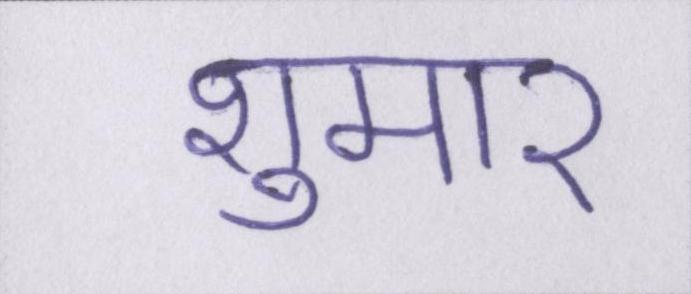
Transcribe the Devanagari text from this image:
शुमार